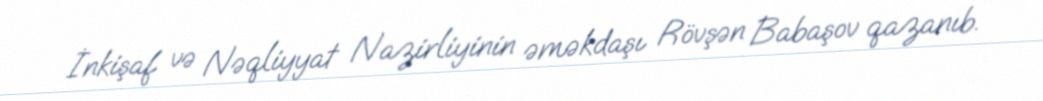
İnkişaf və Nəqliyyat Nazirliyinin əməkdaşı Rövşən Babaşov qazanıb.